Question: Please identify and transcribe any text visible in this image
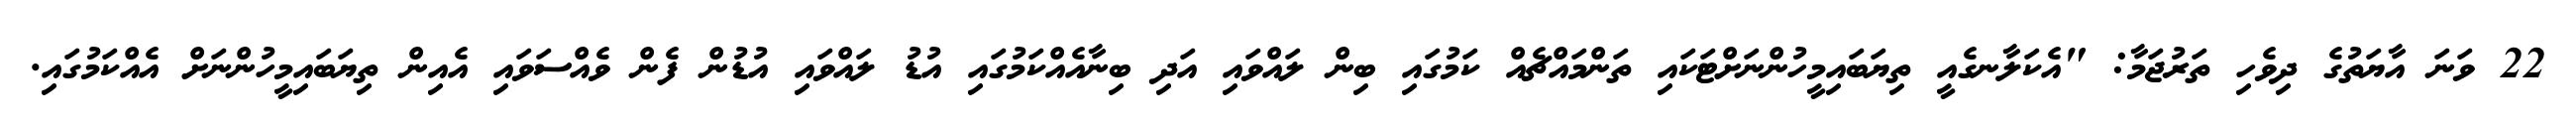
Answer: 22 ވަނަ އާޔަތުގެ ދިވެހި ތަރުޖަމާ: "އެކަލާނގެއީ ތިޔަބައިމީހުންނަށްޓަކައި ތަންމައްޗެއް ކަމުގައި ބިން ލައްވައި އަދި ބިނާއެއްކަމުގައި އުޑު ލައްވައި އުޑުން ފެން ވެއްސަވައި އެއިން ތިޔަބައިމީހުންނަށް އެއްކަމުގައި.